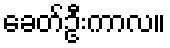
ခေတ်ဦးကာလ။